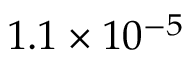
1 . 1 \times 1 0 ^ { - 5 }